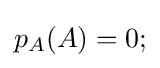
p_{A}(A)=0;